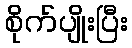
စိုက်ပျိုးပြီး